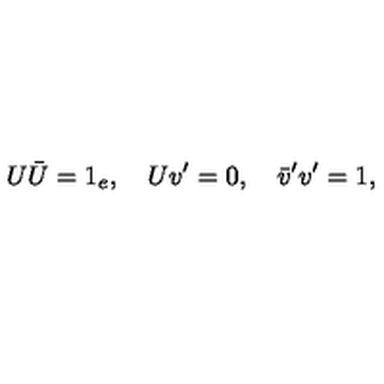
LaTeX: U \bar { U } = 1 _ { e } , \quad U v ^ { \prime } = 0 , \quad \bar { v } ^ { \prime } v ^ { \prime } = 1 ,